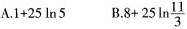
A.$$1+25ln5$$ B.$$8+25 \ln \frac{11}{3}$$